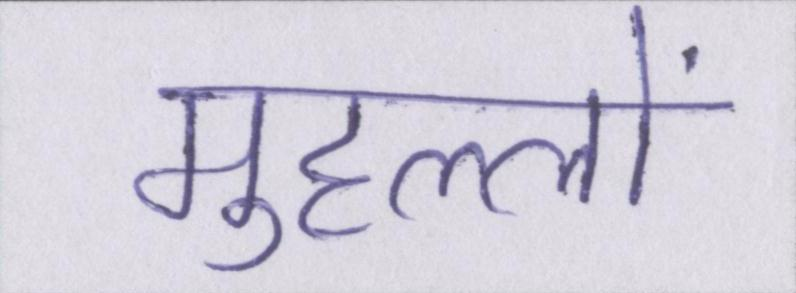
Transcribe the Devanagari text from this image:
मुहल्लों